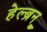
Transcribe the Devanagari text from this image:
हेल्ब्रून